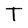
Character: T